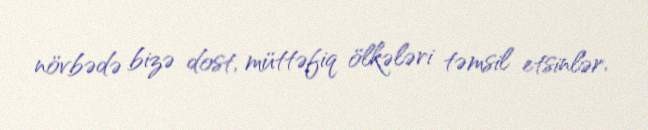
növbədə bizə dost, müttəfiq ölkələri təmsil etsinlər.